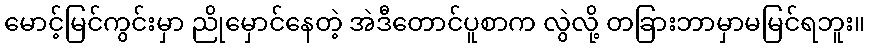
မောင့်မြင်ကွင်းမှာ ညိုမှောင်နေတဲ့ အဲဒီတောင်ပူစာက လွဲလို့ တခြားဘာမှာမမြင်ရဘူး။